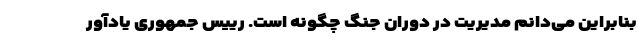
بنابراین می‌دانم مدیریت در دوران جنگ چگونه است. رییس جمهوری یادآور